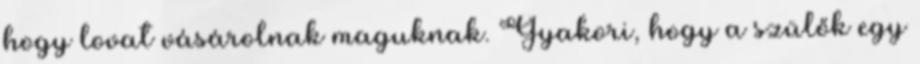
hogy lovat vásárolnak maguknak. Gyakori, hogy a szülők egy